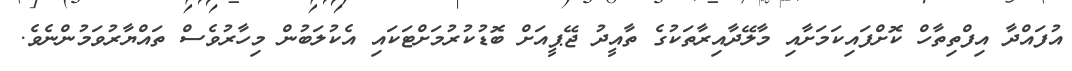
އުފައްދާ އިފްތިތާހް ކޮށްފައިކަމަށާއި މާލޭދާއިރާތަކުގެ ތާއީދު ޖޭޕީއަށް ބޮޑުކުރުމަށްޓަކައި އެކުލަބުން މިހާރުވެސް ތައްޔާރުވަމުންނެވެ.